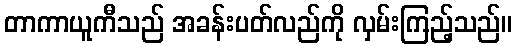
တာကာယူကီသည် အခန်းပတ်လည်ကို လှမ်းကြည့်သည်။